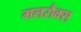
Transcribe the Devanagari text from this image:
मलरौक्स